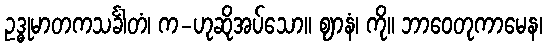
ဥဒ္ဓုမာတကသင်္ခါတံ၊ က-ဟုဆိုအပ်သော။ ဈာနံ၊ ကို။ ဘာဝေတုကာမေန၊